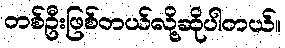
တစ်ဦးဖြစ်တယ်လို့ဆိုပါတယ်။